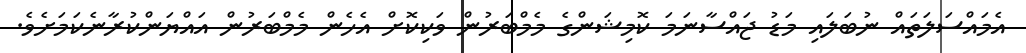
އެމައްސަލަތައް ނުބަލައި މަޑު ޖައްސާނަމަ ކޮމިޝަންގެ މެމްބަރުން ވަކިކޮށް އެހެން މެމްބަރުން އައްޔަންކުރާނެކަމަށެވެ.